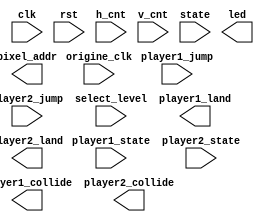
module mem_addr_gen(
    input clk,
    input origine_clk,
    input rst,
    input [1:0] player1_jump,
    input [1:0] player2_jump,
    input [9:0] h_cnt,
    input [9:0] v_cnt,
    input [2:0] state,
    input [3:0] player1_state,
    input [3:0] player2_state,
    input [2:0] select_level,
    output [16:0] pixel_addr,
    output wire player1_collide,
    output wire player1_land,
    output wire player2_collide,
    output wire player2_land,
    output reg [15:0] led
);
    
    /*reg [7:0] position;
    reg [8:0] player1_horizontal_displacement = 9'b0, player1_vertical_displacement = 9'b0;
    reg [24:0] player1_cnt_horizontal = 25'b0, player1_cnt_vertical = 25'b0;
    reg [8:0] player2_horizontal_displacement = 9'b0, player2_vertical_displacement = 9'b0;
    reg [24:0] player2_cnt_horizontal = 25'b0, player2_cnt_vertical = 25'b0;
    reg [8:0] player2_BaseHeight = 9'd41;

    reg [8:0] floor_height [0:1] = {
        9'd230, 9'd190
    };
    reg [8:0] floor_left_boundary [0:1] = {
        9'd10, 9'd10
    };
    reg [8:0] floor_right_boundary [0:1] = {
        9'd310, 9'd115
    };
    reg [8:0] ceiling_height [0:1] = {
        9'd198, 9'd198
    };
    reg [8:0] ceiling_left_boundary [0:1] = {
        9'd10, 9'd10
    };
    reg [8:0] ceiling_right_boundary [0:1] = {
        9'd115, 9'd115
    };

    parameter menu_state = 3'b000, level_1_state = 3'd1, level_2_state = 3'd2, level_3_state = 3'd3, level_4_state = 3'd4, level_5_state = 3'd5;
    parameter stactic = 4'd6, right = 4'd7, left = 4'd8, up = 4'd9;


    assign pixel_addr = (state == menu_state && select_level == level_1_state) ? (
        ((h_cnt>>1) >= 150 && (h_cnt>>1) <= 170 && (v_cnt>>1) >= 40 && (v_cnt>>1) <= 65) ? (
            ((h_cnt >> 1)-150 + ((v_cnt >> 1)-39)*320)
        ) : (
            ((h_cnt>>1) >= 150 && (h_cnt>>1) <= 170 && (v_cnt>>1) >= 80 && (v_cnt>>1) <= 105) ? (
                ((h_cnt >> 1)-150 + ((v_cnt >> 1)-79)*320)
            ): (
                ((h_cnt>>1) >= 150 && (h_cnt>>1) <= 170 && (v_cnt>>1) >= 120 && (v_cnt>>1) <= 145) ? (
                    ((h_cnt >> 1)-150 + ((v_cnt >> 1)-119)*320)
                ) : (
                    ((h_cnt>>1) >= 150 && (h_cnt>>1) <= 170 && (v_cnt>>1) >= 160 && (v_cnt>>1) <= 185) ? (
                        ((h_cnt >> 1)-150 + ((v_cnt >> 1)-159)*320)
                    ) : (
                        ((h_cnt>>1) >= 148 && (h_cnt>>1) <= 170 && (v_cnt>>1) >= 200 && (v_cnt>>1) <= 225) ? (
                            ((h_cnt >> 1)-127 + ((v_cnt >> 1)-199)*320)
                        ) : (
                            0
                        )
                    )
                )
            )
        )
    ) : (
        (state == menu_state && select_level == level_2_state) ? (
            ((h_cnt>>1) >= 150 && (h_cnt>>1) <= 170 && (v_cnt>>1) >= 40 && (v_cnt>>1) <= 65) ? (
                ((h_cnt >> 1)-150 + ((v_cnt >> 1)-39)*320)
            ) : (
                ((h_cnt>>1) >= 150 && (h_cnt>>1) <= 170 && (v_cnt>>1) >= 80 && (v_cnt>>1) <= 105) ? (
                    ((h_cnt >> 1)-150 + ((v_cnt >> 1)-79)*320)
                ) : (
                    ((h_cnt>>1) >= 150 && (h_cnt>>1) <= 170 && (v_cnt>>1) >= 120 && (v_cnt>>1) <= 145) ? (
                        ((h_cnt >> 1)-150 + ((v_cnt >> 1)-119)*320)
                    ) : (
                        ((h_cnt>>1) >= 148 && (h_cnt>>1) <= 170 && (v_cnt>>1) >= 160 && (v_cnt>>1) <= 185) ? (
                            ((h_cnt >> 1)-127 + ((v_cnt >> 1)-159)*320)
                        ) : (
                            ((h_cnt>>1) >= 150 && (h_cnt>>1) <= 170 && (v_cnt>>1) >= 200 && (v_cnt>>1) <= 225) ? (
                                ((h_cnt >> 1)-150 + ((v_cnt >> 1)-199)*320)
                            ) : (
                                0
                            )
                        )
                    )
                )
            )
        ) : (
            (state == menu_state && select_level == level_3_state) ? (
                ((h_cnt>>1) >= 150 && (h_cnt>>1) <= 170 && (v_cnt>>1) >= 40 && (v_cnt>>1) <= 65) ? (
                    ((h_cnt >> 1)-150 + ((v_cnt >> 1)-39)*320)
                ) : (
                    ((h_cnt>>1) >= 150 && (h_cnt>>1) <= 170 && (v_cnt>>1) >= 80 && (v_cnt>>1) <= 105) ? (
                        ((h_cnt >> 1)-150 + ((v_cnt >> 1)-79)*320)
                    ) : (
                        ((h_cnt>>1) >= 148 && (h_cnt>>1) <= 170 && (v_cnt>>1) >= 120 && (v_cnt>>1) <= 145) ? (
                            ((h_cnt >> 1)-127 + ((v_cnt >> 1)-119)*320)
                        ) : (
                            ((h_cnt>>1) >= 150 && (h_cnt>>1) <= 170 && (v_cnt>>1) >= 160 && (v_cnt>>1) <= 185) ? (
                                ((h_cnt >> 1)-150 + ((v_cnt >> 1)-159)*320)
                            ) : (
                                ((h_cnt>>1) >= 150 && (h_cnt>>1) <= 170 && (v_cnt>>1) >= 200 && (v_cnt>>1) <= 225) ? (
                                    ((h_cnt >> 1)-150 + ((v_cnt >> 1)-199)*320)
                                ) : (
                                    0
                                )
                            )
                        )
                    )
                )
            ) : (
                (state == menu_state && select_level == level_4_state) ? (
                    ((h_cnt>>1) >= 150 && (h_cnt>>1) <= 170 && (v_cnt>>1) >= 40 && (v_cnt>>1) <= 65) ? (
                        ((h_cnt >> 1)-150 + ((v_cnt >> 1)-39)*320)
                    ) : (
                        ((h_cnt>>1) >= 148 && (h_cnt>>1) <= 170 && (v_cnt>>1) >= 80 && (v_cnt>>1) <= 105) ? (
                            ((h_cnt >> 1)-127 + ((v_cnt >> 1)-79)*320)
                        ) : (
                            ((h_cnt>>1) >= 150 && (h_cnt>>1) <= 170 && (v_cnt>>1) >= 120 && (v_cnt>>1) <= 145) ? (
                                ((h_cnt >> 1)-150 + ((v_cnt >> 1)-119)*320)
                            ) : (
                                ((h_cnt>>1) >= 150 && (h_cnt>>1) <= 170 && (v_cnt>>1) >= 160 && (v_cnt>>1) <= 185) ? (
                                    ((h_cnt >> 1)-150 + ((v_cnt >> 1)-159)*320)
                                ) : (
                                    ((h_cnt>>1) >= 150 && (h_cnt>>1) <= 170 && (v_cnt>>1) >= 200 && (v_cnt>>1) <= 225) ? (
                                        ((h_cnt >> 1)-150 + ((v_cnt >> 1)-199)*320)
                                    ) : (
                                        0
                                    )
                                )
                            )
                        )
                    )
                ) : (
                    (state == menu_state && select_level == level_5_state) ? (
                        ((h_cnt>>1) >= 148 && (h_cnt>>1) <= 170 && (v_cnt>>1) >= 40 && (v_cnt>>1) <= 65) ? (
                            ((h_cnt >> 1)-127 + ((v_cnt >> 1)-39)*320)
                        ) : (
                            ((h_cnt>>1) >= 150 && (h_cnt>>1) <= 170 && (v_cnt>>1) >= 80 && (v_cnt>>1) <= 105) ? (
                                ((h_cnt >> 1)-150 + ((v_cnt >> 1)-79)*320)
                            ) : (
                                ((h_cnt>>1) >= 150 && (h_cnt>>1) <= 170 && (v_cnt>>1) >= 120 && (v_cnt>>1) <= 145) ? (
                                    ((h_cnt >> 1)-150 + ((v_cnt >> 1)-119)*320)
                                ) : (
                                    ((h_cnt>>1) >= 150 && (h_cnt>>1) <= 170 && (v_cnt>>1) >= 160 && (v_cnt>>1) <= 185) ? (
                                        ((h_cnt >> 1)-150 + ((v_cnt >> 1)-159)*320)
                                    ) : (
                                        ((h_cnt>>1) >= 150 && (h_cnt>>1) <= 170 && (v_cnt>>1) >= 200 && (v_cnt>>1) <= 225) ? (
                                            ((h_cnt >> 1)-150 + ((v_cnt >> 1)-199)*320)
                                        ) : (
                                            0
                                        )
                                    )
                                )
                            )
                        )
                    ) : (
                        (state == level_1_state) ? (
                            (((h_cnt >> 1) >= 0) && ((h_cnt >> 1) <= 320) && ((v_cnt>>1) >= 0) && ((v_cnt>>1) <= 10)) ? (  // up boundary
                                (h_cnt >> 1) + ((v_cnt >> 1) +220)*320
                            ) : (
                                (((h_cnt >> 1) >= 150) && ((h_cnt >> 1) <= 190) && ((v_cnt>>1) >= 230) && ((v_cnt>>1) <= 236)) ? (  // red river
                                    19521
                                ) : (
                                    (((h_cnt >> 1) >= 210) && ((h_cnt >> 1) <= 250) && ((v_cnt>>1) >= 230) && ((v_cnt>>1) <= 236)) ? (  //blue river
                                        22470
                                    ) : (
                                        (((h_cnt >> 1) >= 0) && ((h_cnt >> 1) <= 320) && ((v_cnt>>1) >= 230) && ((v_cnt>>1) <= 240)) ? (  //down boundary
                                            (h_cnt >> 1) + ((v_cnt >> 1) - 10)*320
                                        ) : (
                                            (((h_cnt >> 1) >= 0) && ((h_cnt >> 1) <= 10) && ((v_cnt>>1) >= 10) && ((v_cnt>>1) <= 230)) ? (  //left boundary
                                                ((h_cnt >> 1) + 305) + ((v_cnt >> 1))*320
                                            ) : (
                                                (((h_cnt >> 1) >= 310) && ((h_cnt >> 1) <= 320) && ((v_cnt>>1) >= 10) && ((v_cnt>>1) <= 230)) ? (  //right boundary
                                                    ((h_cnt >> 1) - 5) + ((v_cnt >> 1))*320
                                                ) : (
                                                    (((h_cnt >> 1) >= 10) && ((h_cnt >> 1) <= 115) && ((v_cnt>>1) >= 190) && ((v_cnt>>1) <= 198)) ?(
                                                        (h_cnt >> 1) + 40 + ((v_cnt >> 1) +25)*320
                                                    ) : (
                                                        (player1_state == stactic) ? (
                                                            (((h_cnt >> 1) >= (13+player1_horizontal_displacement)) && ((h_cnt >> 1) <= (28+player1_horizontal_displacement)) && ((v_cnt>>1) >= (200-player1_vertical_displacement)) && ((v_cnt>>1) <= (230-player1_vertical_displacement))) ? (
                                                                ((h_cnt >> 1)+40-player1_horizontal_displacement) + ((v_cnt >> 1)+player1_vertical_displacement-200)*320
                                                            ) : (
                                                                (player2_state == stactic) ? (
                                                                    (((h_cnt >> 1) >= (13+player2_horizontal_displacement)) && ((h_cnt >> 1) <= (27+player2_horizontal_displacement)) && ((v_cnt>>1) >= (200-player2_BaseHeight-player2_vertical_displacement)) && ((v_cnt>>1) <= (230-player2_BaseHeight-player2_vertical_displacement))) ? (
                                                                        ((h_cnt >> 1)+148-player2_horizontal_displacement) + ((v_cnt >> 1)+player2_vertical_displacement-100)*320
                                                                    ) : (
                                                                        12900
                                                                    )
                                                                ) : (
                                                                    (player2_state == right) ? (
                                                                        (((h_cnt >> 1) >= (1+player2_horizontal_displacement)) && ((h_cnt >> 1) <= (33+player2_horizontal_displacement)) && ((v_cnt>>1) >= (200-player2_BaseHeight-player2_vertical_displacement)) && ((v_cnt>>1) <= (230-player2_BaseHeight-player2_vertical_displacement))) ? (
                                                                            ((h_cnt >> 1)+175-player2_horizontal_displacement) + ((v_cnt >> 1)+player2_vertical_displacement-101)*320
                                                                        ) : (
                                                                            12900
                                                                        )
                                                                    ) : (
                                                                        (player2_state == left) ? (
                                                                            (((h_cnt >> 1) >= (10+player2_horizontal_displacement)) && ((h_cnt >> 1) <= (33+player2_horizontal_displacement)) && ((v_cnt>>1) >= (200-player2_BaseHeight-player2_vertical_displacement)) && ((v_cnt>>1) <= (229-player2_BaseHeight-player2_vertical_displacement))) ? (
                                                                                ((h_cnt >> 1)+151-player2_horizontal_displacement) + ((v_cnt >> 1)+player2_vertical_displacement-69)*320
                                                                            ) : (
                                                                                12900
                                                                            )
                                                                        ) : (
                                                                            (player2_state == up) ? (
                                                                                (player2_jump == 1) ? (
                                                                                    (((h_cnt >> 1) >= (9+player2_horizontal_displacement)) && ((h_cnt >> 1) <= (25+player2_horizontal_displacement)) && ((v_cnt>>1) >= (200-player2_BaseHeight-player2_vertical_displacement)) && ((v_cnt>>1) <= (229-player2_BaseHeight-player2_vertical_displacement))) ? (
                                                                                        ((h_cnt >> 1)+175-player2_horizontal_displacement) + ((v_cnt >> 1)+player2_vertical_displacement-69)*320
                                                                                    ) : (
                                                                                        12900
                                                                                    )
                                                                                ) : (
                                                                                    (((h_cnt >> 1) >= (13+player2_horizontal_displacement)) && ((h_cnt >> 1) <= (27+player2_horizontal_displacement)) && ((v_cnt>>1) >= (200-player2_BaseHeight-player2_vertical_displacement)) && ((v_cnt>>1) <= (230-player2_BaseHeight-player2_vertical_displacement))) ? (
                                                                                        ((h_cnt >> 1)+148-player2_horizontal_displacement) + ((v_cnt >> 1)+player2_vertical_displacement-100)*320
                                                                                    ) : (
                                                                                        12900
                                                                                    )
                                                                                )
                                                                            ) : (
                                                                                12900
                                                                            )
                                                                        )
                                                                    )
                                                                )
                                                            )
                                                        ) : (
                                                            (player1_state == right) ? (
                                                                (((h_cnt >> 1) >= (8+player1_horizontal_displacement)) && ((h_cnt >> 1) <= (22+player1_horizontal_displacement)) && ((v_cnt>>1) >= (200-player1_vertical_displacement)) && ((v_cnt>>1) <= (230-player1_vertical_displacement))) ? (
                                                                    ((h_cnt >> 1) + 63 - player1_horizontal_displacement) + ((v_cnt >> 1)+ player1_vertical_displacement -200 ) * 320
                                                                ) : (
                                                                    (player2_state == stactic) ? (
                                                                        (((h_cnt >> 1) >= (13+player2_horizontal_displacement)) && ((h_cnt >> 1) <= (27+player2_horizontal_displacement)) && ((v_cnt>>1) >= (159-player2_vertical_displacement)) && ((v_cnt>>1) <= (189-player2_vertical_displacement))) ? (
                                                                            ((h_cnt >> 1)+148-player2_horizontal_displacement) + ((v_cnt >> 1)+player2_vertical_displacement-100)*320
                                                                        ) : (
                                                                            12900
                                                                        )
                                                                    ) : (
                                                                        (player2_state == right) ? (
                                                                            (((h_cnt >> 1) >= (1+player2_horizontal_displacement)) && ((h_cnt >> 1) <= (33+player2_horizontal_displacement)) && ((v_cnt>>1) >= (159-player2_vertical_displacement)) && ((v_cnt>>1) <= (189-player2_vertical_displacement))) ? (
                                                                                ((h_cnt >> 1)+175-player2_horizontal_displacement) + ((v_cnt >> 1)+player2_vertical_displacement-101)*320
                                                                            ) : (
                                                                                12900
                                                                            )
                                                                        ) : (
                                                                            (player2_state == left) ? (
                                                                                (((h_cnt >> 1) >= (10+player2_horizontal_displacement)) && ((h_cnt >> 1) <= (33+player2_horizontal_displacement)) && ((v_cnt>>1) >= (159-player2_vertical_displacement)) && ((v_cnt>>1) <= (188-player2_vertical_displacement))) ? (
                                                                                    ((h_cnt >> 1)+151-player2_horizontal_displacement) + ((v_cnt >> 1)+player2_vertical_displacement-69)*320
                                                                                ) : (
                                                                                    12900
                                                                                )
                                                                            ) : (
                                                                                (player2_state == up) ? (
                                                                                    (player2_jump == 1) ? (
                                                                                        (((h_cnt >> 1) >= (9+player2_horizontal_displacement)) && ((h_cnt >> 1) <= (25+player2_horizontal_displacement)) && ((v_cnt>>1) >= (159-player2_vertical_displacement)) && ((v_cnt>>1) <= (188-player2_vertical_displacement))) ? (
                                                                                            ((h_cnt >> 1)+175-player2_horizontal_displacement) + ((v_cnt >> 1)+player2_vertical_displacement-69)*320
                                                                                        ) : (
                                                                                            12900
                                                                                        )
                                                                                    ) : (
                                                                                        (((h_cnt >> 1) >= (13+player2_horizontal_displacement)) && ((h_cnt >> 1) <= (27+player2_horizontal_displacement)) && ((v_cnt>>1) >= (159-player2_vertical_displacement)) && ((v_cnt>>1) <= (189-player2_vertical_displacement))) ? (
                                                                                            ((h_cnt >> 1)+148-player2_horizontal_displacement) + ((v_cnt >> 1)+player2_vertical_displacement-100)*320
                                                                                        ) : (
                                                                                            12900
                                                                                        )
                                                                                    )
                                                                                ) : (
                                                                                    12900
                                                                                )
                                                                            )
                                                                        )
                                                                    )
                                                                )
                                                            ) : (
                                                                (player1_state == left) ? (
                                                                    (((h_cnt >> 1) >= (8+player1_horizontal_displacement)) && ((h_cnt >> 1) <= (22+player1_horizontal_displacement)) && ((v_cnt>>1) >= (200-player1_vertical_displacement)) && ((v_cnt>>1) <= (230-player1_vertical_displacement))) ? (
                                                                        ((h_cnt >> 1) + 78 - player1_horizontal_displacement) + ((v_cnt >> 1)+ player1_vertical_displacement -200) * 320
                                                                    ) : (
                                                                        (player2_state == stactic) ? (
                                                                            (((h_cnt >> 1) >= (13+player2_horizontal_displacement)) && ((h_cnt >> 1) <= (27+player2_horizontal_displacement)) && ((v_cnt>>1) >= (159-player2_vertical_displacement)) && ((v_cnt>>1) <= (189-player2_vertical_displacement))) ? (
                                                                                ((h_cnt >> 1)+148-player2_horizontal_displacement) + ((v_cnt >> 1)+player2_vertical_displacement-100)*320
                                                                            ) : (
                                                                                12900
                                                                            )
                                                                        ) : (
                                                                            (player2_state == right) ? (
                                                                                (((h_cnt >> 1) >= (1+player2_horizontal_displacement)) && ((h_cnt >> 1) <= (33+player2_horizontal_displacement)) && ((v_cnt>>1) >= (159-player2_vertical_displacement)) && ((v_cnt>>1) <= (189-player2_vertical_displacement))) ? (
                                                                                    ((h_cnt >> 1)+175-player2_horizontal_displacement) + ((v_cnt >> 1)+player2_vertical_displacement-101)*320
                                                                                ) : (
                                                                                    12900
                                                                                )
                                                                            ) : (
                                                                                (player2_state == left) ? (
                                                                                    (((h_cnt >> 1) >= (10+player2_horizontal_displacement)) && ((h_cnt >> 1) <= (33+player2_horizontal_displacement)) && ((v_cnt>>1) >= (159-player2_vertical_displacement)) && ((v_cnt>>1) <= (188-player2_vertical_displacement))) ? (
                                                                                        ((h_cnt >> 1)+151-player2_horizontal_displacement) + ((v_cnt >> 1)+player2_vertical_displacement-69)*320
                                                                                    ) : (
                                                                                        12900
                                                                                    )
                                                                                ) : (
                                                                                    (player2_state == up) ? (
                                                                                        (player2_jump == 1) ? (
                                                                                            (((h_cnt >> 1) >= (9+player2_horizontal_displacement)) && ((h_cnt >> 1) <= (25+player2_horizontal_displacement)) && ((v_cnt>>1) >= (159-player2_vertical_displacement)) && ((v_cnt>>1) <= (188-player2_vertical_displacement))) ? (
                                                                                                ((h_cnt >> 1)+175-player2_horizontal_displacement) + ((v_cnt >> 1)+player2_vertical_displacement-69)*320
                                                                                            ) : (
                                                                                                12900
                                                                                            )
                                                                                        ) : (
                                                                                            (((h_cnt >> 1) >= (13+player2_horizontal_displacement)) && ((h_cnt >> 1) <= (27+player2_horizontal_displacement)) && ((v_cnt>>1) >= (159-player2_vertical_displacement)) && ((v_cnt>>1) <= (189-player2_vertical_displacement))) ? (
                                                                                                ((h_cnt >> 1)+148-player2_horizontal_displacement) + ((v_cnt >> 1)+player2_vertical_displacement-100)*320
                                                                                            ) : (
                                                                                                12900
                                                                                            )
                                                                                        )
                                                                                    ) : (
                                                                                        12900
                                                                                    )
                                                                                )
                                                                            )
                                                                        )
                                                                    )
                                                                ) : (
                                                                    (player1_state == up) ? (
                                                                        (player1_jump == 1) ? (
                                                                            (((h_cnt >> 1) >= (10+player1_horizontal_displacement)) && ((h_cnt >> 1) <= (25+player1_horizontal_displacement)) && ((v_cnt>>1) >= (199-player1_vertical_displacement)) && ((v_cnt>>1) <= (227-player1_vertical_displacement))) ? (
                                                                                ((h_cnt >> 1) + 43 - player1_horizontal_displacement) + ((v_cnt >> 1)+ player1_vertical_displacement -169) * 320
                                                                            ) : (
                                                                                (player2_state == stactic) ? (
                                                                                    (((h_cnt >> 1) >= (13+player2_horizontal_displacement)) && ((h_cnt >> 1) <= (27+player2_horizontal_displacement)) && ((v_cnt>>1) >= (159-player2_vertical_displacement)) && ((v_cnt>>1) <= (189-player2_vertical_displacement))) ? (
                                                                                        ((h_cnt >> 1)+148-player2_horizontal_displacement) + ((v_cnt >> 1)+player2_vertical_displacement-100)*320
                                                                                    ) : (
                                                                                        12900
                                                                                    )
                                                                                ) : (
                                                                                    (player2_state == right) ? (
                                                                                        (((h_cnt >> 1) >= (1+player2_horizontal_displacement)) && ((h_cnt >> 1) <= (33+player2_horizontal_displacement)) && ((v_cnt>>1) >= (159-player2_vertical_displacement)) && ((v_cnt>>1) <= (189-player2_vertical_displacement))) ? (
                                                                                            ((h_cnt >> 1)+175-player2_horizontal_displacement) + ((v_cnt >> 1)+player2_vertical_displacement-101)*320
                                                                                        ) : (
                                                                                            12900
                                                                                        )
                                                                                    ) : (
                                                                                        (player2_state == left) ? (
                                                                                            (((h_cnt >> 1) >= (10+player2_horizontal_displacement)) && ((h_cnt >> 1) <= (33+player2_horizontal_displacement)) && ((v_cnt>>1) >= (159-player2_vertical_displacement)) && ((v_cnt>>1) <= (188-player2_vertical_displacement))) ? (
                                                                                                ((h_cnt >> 1)+151-player2_horizontal_displacement) + ((v_cnt >> 1)+player2_vertical_displacement-69)*320
                                                                                            ) : (
                                                                                                12900
                                                                                            )
                                                                                        ) : (
                                                                                            (player2_state == up) ? (
                                                                                                (player2_jump == 1) ? (
                                                                                                    (((h_cnt >> 1) >= (9+player2_horizontal_displacement)) && ((h_cnt >> 1) <= (25+player2_horizontal_displacement)) && ((v_cnt>>1) >= (159-player2_vertical_displacement)) && ((v_cnt>>1) <= (188-player2_vertical_displacement))) ? (
                                                                                                        ((h_cnt >> 1)+175-player2_horizontal_displacement) + ((v_cnt >> 1)+player2_vertical_displacement-69)*320
                                                                                                    ) : (
                                                                                                        12900
                                                                                                    )
                                                                                                ) : (
                                                                                                    (((h_cnt >> 1) >= (13+player2_horizontal_displacement)) && ((h_cnt >> 1) <= (27+player2_horizontal_displacement)) && ((v_cnt>>1) >= (159-player2_vertical_displacement)) && ((v_cnt>>1) <= (189-player2_vertical_displacement))) ? (
                                                                                                        ((h_cnt >> 1)+148-player2_horizontal_displacement) + ((v_cnt >> 1)+player2_vertical_displacement-100)*320
                                                                                                    ) : (
                                                                                                        12900
                                                                                                    )
                                                                                                )
                                                                                            ) : (
                                                                                                12900
                                                                                            )
                                                                                        )
                                                                                    )
                                                                                )
                                                                            )
                                                                        ) : (
                                                                            (((h_cnt >> 1) >= (10+player1_horizontal_displacement)) && ((h_cnt >> 1) <= (25+player1_horizontal_displacement)) && ((v_cnt>>1) >= (200-player1_vertical_displacement)) && ((v_cnt>>1) <= (230-player1_vertical_displacement))) ? (
                                                                                ((h_cnt >> 1)+43-player1_horizontal_displacement) + ((v_cnt >> 1)+player1_vertical_displacement-200)*320
                                                                            ) : (
                                                                                (player2_state == stactic) ? (
                                                                                    (((h_cnt >> 1) >= (13+player2_horizontal_displacement)) && ((h_cnt >> 1) <= (27+player2_horizontal_displacement)) && ((v_cnt>>1) >= (159-player2_vertical_displacement)) && ((v_cnt>>1) <= (189-player2_vertical_displacement))) ? (
                                                                                        ((h_cnt >> 1)+148-player2_horizontal_displacement) + ((v_cnt >> 1)+player2_vertical_displacement-100)*320
                                                                                    ) : (
                                                                                        12900
                                                                                    )
                                                                                ) : (
                                                                                    (player2_state == right) ? (
                                                                                        (((h_cnt >> 1) >= (1+player2_horizontal_displacement)) && ((h_cnt >> 1) <= (33+player2_horizontal_displacement)) && ((v_cnt>>1) >= (159-player2_vertical_displacement)) && ((v_cnt>>1) <= (189-player2_vertical_displacement))) ? (
                                                                                            ((h_cnt >> 1)+175-player2_horizontal_displacement) + ((v_cnt >> 1)+player2_vertical_displacement-101)*320
                                                                                        ) : (
                                                                                            12900
                                                                                        )
                                                                                    ) : (
                                                                                        (player2_state == left) ? (
                                                                                            (((h_cnt >> 1) >= (10+player2_horizontal_displacement)) && ((h_cnt >> 1) <= (33+player2_horizontal_displacement)) && ((v_cnt>>1) >= (159-player2_vertical_displacement)) && ((v_cnt>>1) <= (188-player2_vertical_displacement))) ? (
                                                                                                ((h_cnt >> 1)+151-player2_horizontal_displacement) + ((v_cnt >> 1)+player2_vertical_displacement-69)*320
                                                                                            ) : (
                                                                                                12900
                                                                                            )
                                                                                        ) : (
                                                                                            (player2_state == up) ? (
                                                                                                (player2_jump == 1) ? (
                                                                                                    (((h_cnt >> 1) >= (9+player2_horizontal_displacement)) && ((h_cnt >> 1) <= (25+player2_horizontal_displacement)) && ((v_cnt>>1) >= (159-player2_vertical_displacement)) && ((v_cnt>>1) <= (188-player2_vertical_displacement))) ? (
                                                                                                        ((h_cnt >> 1)+175-player2_horizontal_displacement) + ((v_cnt >> 1)+player2_vertical_displacement-69)*320
                                                                                                    ) : (
                                                                                                        12900
                                                                                                    )
                                                                                                ) : (
                                                                                                    (((h_cnt >> 1) >= (13+player2_horizontal_displacement)) && ((h_cnt >> 1) <= (27+player2_horizontal_displacement)) && ((v_cnt>>1) >= (159-player2_vertical_displacement)) && ((v_cnt>>1) <= (189-player2_vertical_displacement))) ? (
                                                                                                        ((h_cnt >> 1)+148-player2_horizontal_displacement) + ((v_cnt >> 1)+player2_vertical_displacement-100)*320
                                                                                                    ) : (
                                                                                                        12900
                                                                                                    )
                                                                                                )
                                                                                            ) : (
                                                                                                12900
                                                                                            )
                                                                                        )
                                                                                    )
                                                                                )
                                                                            )
                                                                        )
                                                                    ) : (
                                                                        12900
                                                                    )
                                                                )
                                                            )
                                                        )
                                                    )
                                                )
                                            )
                                        )
                                    )
                                )
                            )
                        ) : (
                            0
                        )
                    )
                )
            )
        )
    );

    assign player1_collide = (player1_jump == 1) ? (
        (((h_cnt >> 1) >= (10+player1_horizontal_displacement)) && ((h_cnt >> 1) <= (25+player1_horizontal_displacement)) && ((v_cnt>>1) >= (199-player1_vertical_displacement)) && ((v_cnt>>1) <= (227-player1_vertical_displacement))) ? (
            (((199-player1_vertical_displacement) <= ceiling_height[0]) && ((10+player1_horizontal_displacement) >= ceiling_left_boundary[0]) && ((10+player1_horizontal_displacement) <= ceiling_right_boundary[0])) ? (
                1
            ) : (
                0
            )
        ) : (
            0
        )
    ) : (
        0
    );

    //player1
    always @(posedge origine_clk, posedge rst) begin
        if(rst) begin
            player1_horizontal_displacement <= 0;
            player1_vertical_displacement <= 0;
            player1_cnt_horizontal <= 0;
            player1_cnt_vertical <= 0;
        end else begin
            if(player1_state == stactic) begin
                player1_horizontal_displacement <= player1_horizontal_displacement;
                player1_vertical_displacement <= player1_vertical_displacement;
                player1_cnt_horizontal <= 0;
            end
            else if(player1_state == up) begin
                if(player1_jump != 0) begin
                    if(player1_jump == 1) begin
                        if(player1_cnt_vertical < 25'd2500000) begin
                            player1_cnt_vertical <= player1_cnt_vertical + 1;
                            player1_vertical_displacement <= player1_vertical_displacement;                 
                        end else begin
                            player1_vertical_displacement <= player1_vertical_displacement + 1;
                            player1_cnt_vertical <= 0;
                        end
                    end else begin
                        if(player1_cnt_vertical < 25'd2500000) begin
                            player1_cnt_vertical <= player1_cnt_vertical + 1;
                            player1_vertical_displacement <= player1_vertical_displacement;                 
                        end else begin
                            if(player1_vertical_displacement > 0) player1_vertical_displacement <= player1_vertical_displacement - 1;
                            else player1_vertical_displacement <= player1_vertical_displacement;
                            player1_cnt_vertical <= 0;
                        end
                    end
                end
                else begin
                    player1_vertical_displacement <= player1_vertical_displacement;
                    player1_cnt_vertical <= 0;
                end
            end
            else if(player1_state == right) begin
                if(player1_cnt_horizontal < 25'd1666666) begin
                    player1_cnt_horizontal <= player1_cnt_horizontal + 1;
                    player1_horizontal_displacement <= player1_horizontal_displacement;
                end else begin
                    if(player1_horizontal_displacement <= 282) begin
                        player1_horizontal_displacement <= player1_horizontal_displacement + 1;
                        player1_cnt_horizontal <= 0;
                    end else begin
                        player1_horizontal_displacement <= player1_horizontal_displacement;
                        player1_cnt_horizontal <= 0;                   
                    end
                end
                if(player1_jump != 0) begin
                    if(player1_jump == 1) begin
                        if(player1_cnt_vertical < 25'd2500000) begin
                            player1_cnt_vertical <= player1_cnt_vertical + 1;
                            player1_vertical_displacement <= player1_vertical_displacement;                 
                        end else begin
                            player1_vertical_displacement <= player1_vertical_displacement + 1;
                            player1_cnt_vertical <= 0;
                        end
                    end else begin
                        if(player1_cnt_vertical < 25'd2500000) begin
                            player1_cnt_vertical <= player1_cnt_vertical + 1;
                            player1_vertical_displacement <= player1_vertical_displacement;                 
                        end else begin
                            if(player1_vertical_displacement > 0) player1_vertical_displacement <= player1_vertical_displacement - 1;
                            else player1_vertical_displacement <= player1_vertical_displacement;
                            player1_cnt_vertical <= 0;
                        end
                    end
                end
                else begin
                    player1_vertical_displacement <= player1_vertical_displacement;
                    player1_cnt_vertical <= 0;
                end
            end
            else if(player1_state == left) begin
                if(player1_cnt_horizontal < 25'd1666666) begin
                    player1_cnt_horizontal <= player1_cnt_horizontal + 1;
                    player1_horizontal_displacement <= player1_horizontal_displacement;
                end else begin
                    if(player1_horizontal_displacement >= 10) begin
                        player1_horizontal_displacement <= player1_horizontal_displacement - 1;
                        player1_cnt_horizontal <= 0;
                    end else begin
                        player1_horizontal_displacement <= player1_horizontal_displacement;
                        player1_cnt_horizontal <= 0;                   
                    end         
                end
                if(player1_jump != 0) begin
                    if(player1_jump == 1) begin
                        if(player1_cnt_vertical < 25'd2500000) begin
                            player1_cnt_vertical <= player1_cnt_vertical + 1;
                            player1_vertical_displacement <= player1_vertical_displacement;                 
                        end else begin
                            player1_vertical_displacement <= player1_vertical_displacement + 1;
                            player1_cnt_vertical <= 0;
                        end
                    end else begin
                        if(player1_cnt_vertical < 25'd2500000) begin
                            player1_cnt_vertical <= player1_cnt_vertical + 1;
                            player1_vertical_displacement <= player1_vertical_displacement;                 
                        end else begin
                            if(player1_vertical_displacement > 0) player1_vertical_displacement <= player1_vertical_displacement - 1;
                            else player1_vertical_displacement <= player1_vertical_displacement;
                            player1_cnt_vertical <= 0;
                        end
                    end
                end
                else begin
                    player1_vertical_displacement <= player1_vertical_displacement;
                    player1_cnt_vertical <= 0;
                end
            end
            else begin
                    player1_horizontal_displacement <= player1_horizontal_displacement;
                    player1_vertical_displacement <= player1_vertical_displacement;
            end
        end
    end

    //player2
    always @(posedge origine_clk, posedge rst) begin
        if(rst) begin
            player2_horizontal_displacement <= 0;
            player2_vertical_displacement <= 0;
            player2_cnt_horizontal <= 0;
            player2_cnt_vertical <= 0;
        end else begin
            if(player2_state == stactic) begin
                player2_horizontal_displacement <= player2_horizontal_displacement;
                player2_vertical_displacement <= player2_vertical_displacement;
                player2_cnt_horizontal <= 0;
            end
            else if(player2_state == up) begin
                if(player2_jump != 0) begin
                    if(player2_jump == 1) begin
                        if(player2_cnt_vertical < 25'd2500000) begin
                            player2_cnt_vertical <= player2_cnt_vertical + 1;
                            player2_vertical_displacement <= player2_vertical_displacement;                 
                        end else begin
                            player2_vertical_displacement <= player2_vertical_displacement + 1;
                            player2_cnt_vertical <= 0;
                        end
                    end else begin
                        if(player2_cnt_vertical < 25'd2500000) begin
                            player2_cnt_vertical <= player2_cnt_vertical + 1;
                            player2_vertical_displacement <= player2_vertical_displacement;                 
                        end else begin
                            if(player2_vertical_displacement > 0) player2_vertical_displacement <= player2_vertical_displacement - 1;
                            else player2_vertical_displacement <= player2_vertical_displacement;
                            player2_cnt_vertical <= 0;
                        end
                    end
                end
                else begin
                    player2_vertical_displacement <= player2_vertical_displacement;
                    player2_cnt_vertical <= 0;
                end
            end
            else if(player2_state == right) begin
                if(player2_cnt_horizontal < 25'd1666666) begin
                    player2_cnt_horizontal <= player2_cnt_horizontal + 1;
                    player2_horizontal_displacement <= player2_horizontal_displacement;
                end else begin
                    if(player2_horizontal_displacement <= 282) begin
                        player2_horizontal_displacement <= player2_horizontal_displacement + 1;
                        player2_cnt_horizontal <= 0;
                    end else begin
                        player2_horizontal_displacement <= player2_horizontal_displacement;
                        player2_cnt_horizontal <= 0;                   
                    end
                end
                if(player2_jump != 0) begin
                    if(player2_jump == 1) begin
                        if(player2_cnt_vertical < 25'd2500000) begin
                            player2_cnt_vertical <= player2_cnt_vertical + 1;
                            player2_vertical_displacement <= player2_vertical_displacement;                 
                        end else begin
                            player2_vertical_displacement <= player2_vertical_displacement + 1;
                            player2_cnt_vertical <= 0;
                        end
                    end else begin
                        if(player2_cnt_vertical < 25'd2500000) begin
                            player2_cnt_vertical <= player2_cnt_vertical + 1;
                            player2_vertical_displacement <= player2_vertical_displacement;                 
                        end else begin
                            if(player2_vertical_displacement > 0) player2_vertical_displacement <= player2_vertical_displacement - 1;
                            else player2_vertical_displacement <= player2_vertical_displacement;
                            player2_cnt_vertical <= 0;
                        end
                    end
                end
                else begin
                    player2_vertical_displacement <= player2_vertical_displacement;
                    player2_cnt_vertical <= 0;
                end
            end
            else if(player2_state == left) begin
                if(player2_cnt_horizontal < 25'd1666666) begin
                    player2_cnt_horizontal <= player2_cnt_horizontal + 1;
                    player2_horizontal_displacement <= player2_horizontal_displacement;
                end else begin
                    if(player2_horizontal_displacement >= 10) begin
                        player2_horizontal_displacement <= player2_horizontal_displacement - 1;
                        player2_cnt_horizontal <= 0;
                    end else begin
                        player2_horizontal_displacement <= player2_horizontal_displacement;
                        player2_cnt_horizontal <= 0;                   
                    end         
                end
                if(player2_jump != 0) begin
                    if(player2_jump == 1) begin
                        if(player2_cnt_vertical < 25'd2500000) begin
                            player2_cnt_vertical <= player2_cnt_vertical + 1;
                            player2_vertical_displacement <= player2_vertical_displacement;                 
                        end else begin
                            player2_vertical_displacement <= player2_vertical_displacement + 1;
                            player2_cnt_vertical <= 0;
                        end
                    end else begin
                        if(player2_cnt_vertical < 25'd2500000) begin
                            player2_cnt_vertical <= player2_cnt_vertical + 1;
                            player2_vertical_displacement <= player2_vertical_displacement;                 
                        end else begin
                            if(player2_vertical_displacement > 0) player2_vertical_displacement <= player2_vertical_displacement - 1;
                            else player2_vertical_displacement <= player2_vertical_displacement;
                            player2_cnt_vertical <= 0;
                        end
                    end
                end
                else begin
                    player2_vertical_displacement <= player2_vertical_displacement;
                    player2_cnt_vertical <= 0;
                end
            end
            else begin
                    player2_horizontal_displacement <= player2_horizontal_displacement;
                    player2_vertical_displacement <= player2_vertical_displacement;
            end
        end
    end*/
endmodule